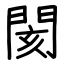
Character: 閡